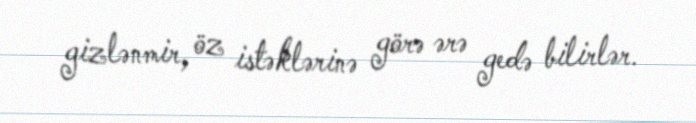
gizlənmir, öz istəklərinə görə ərə gedə bilirlər.